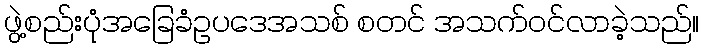
ဖွဲ့စည်းပုံအခြေခံဥပဒေအသစ် စတင် အသက်ဝင်လာခဲ့သည်။